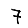
Digit: 7